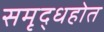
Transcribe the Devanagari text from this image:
समृद्धहोत